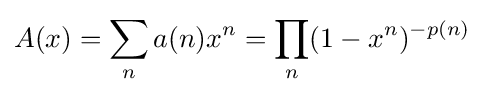
A(x)=\sum _{n}a(n)x^{n}=\prod _{n}(1-x^{n})^{-p(n)}\